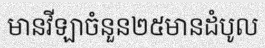
មានវីឡាចំនួន២៥មានដំបូល